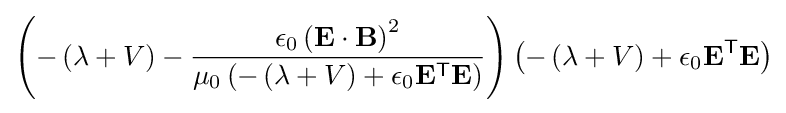
\left(-\left(\lambda +V\right)-{\frac {\epsilon _{0}\left(\mathbf {E} \cdot \mathbf {B} \right)^{2}}{\mu _{0}\left(-\left(\lambda +V\right)+\epsilon _{0}\mathbf {E} ^{\textsf {T}}\mathbf {E} \right)}}\right)\left(-\left(\lambda +V\right)+\epsilon _{0}\mathbf {E} ^{\textsf {T}}\mathbf {E} \right)